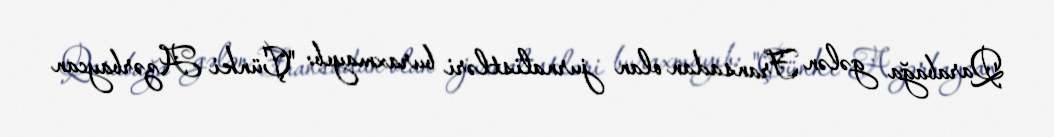
Qarabağa gələn Fransadan olan jurnalistləri buraxmayıb: "Çünki Azərbaycan